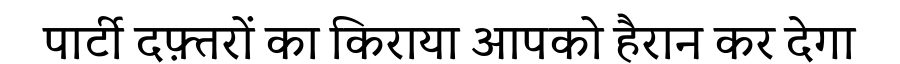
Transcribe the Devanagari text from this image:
पार्टी दफ़्तरों का किराया आपको हैरान कर देगा